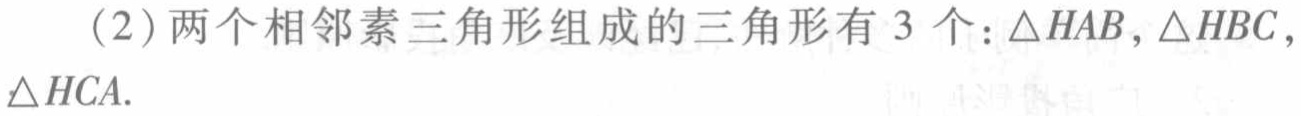
（2）两个相邻素三角形组成的三角形有 3 个：$\triangle HAB,\triangle HBC,\triangle HCA.$